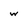
Character: w